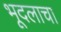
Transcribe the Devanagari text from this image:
भूदलाचा